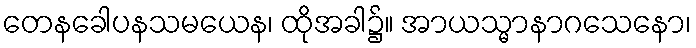
တေနခေါပနသမယေန၊ ထိုအခါ၌။ အာယသ္မာနာဂသေနော၊